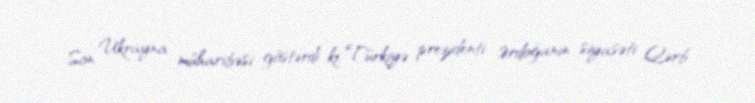
Son Ukrayna müharibəsi göstərdi ki, Türkiyə prezidenti Ərdoğanın siyasəti Qərb